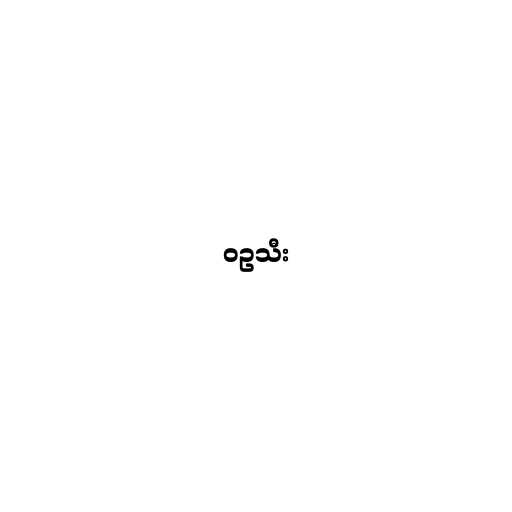
ဝဥသီး